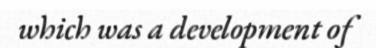
which was a development of